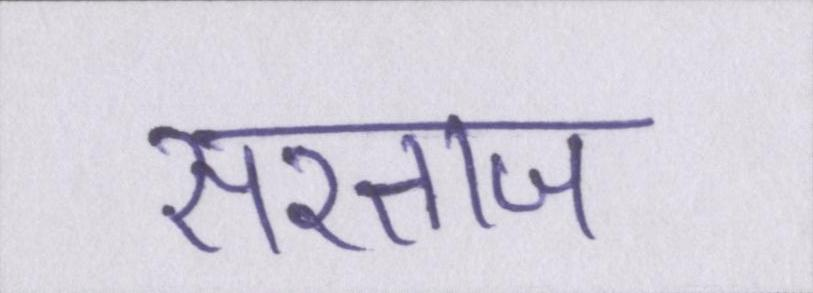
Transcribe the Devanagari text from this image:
सरताज